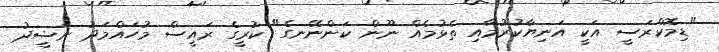
"ޑިމޮކްރަސީ އަކީ އަނިޔާކުރުމާއި ތެޅުމެއް ނޫން ކަންނޭނގެ" ކުރީގެ ރައީސް މުހައްމަދު ނަޝީދު